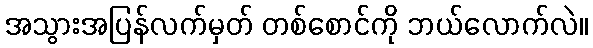
အသွားအပြန်လက်မှတ် တစ်စောင်ကို ဘယ်လောက်လဲ။